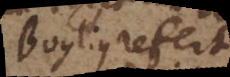
Boylius refert